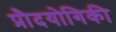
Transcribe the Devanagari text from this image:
प्रौदयोगिकी